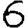
Digit: 6